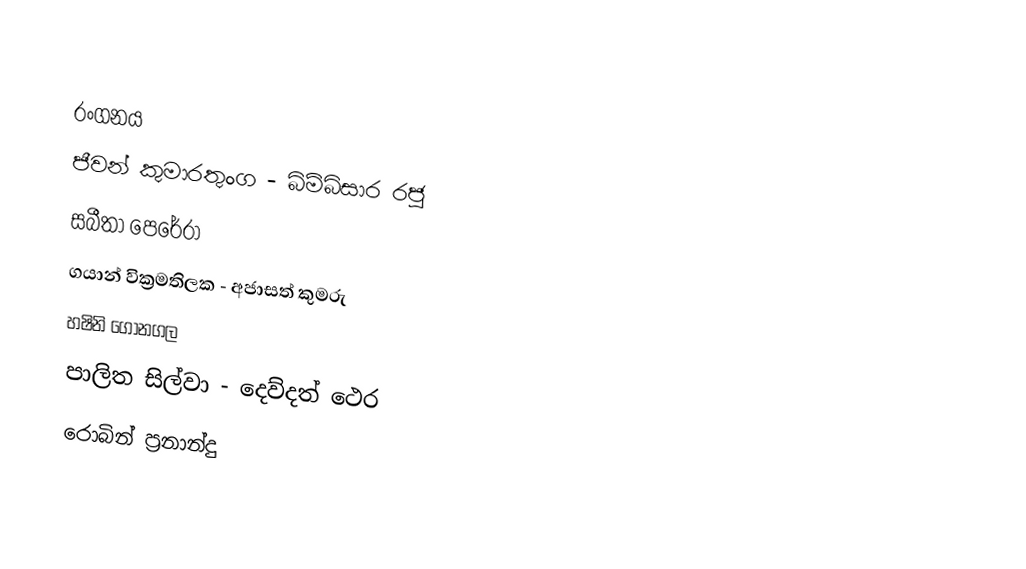

රංගනය
ජීවන් කුමාරතුංග - බිම්බිසාර රජු
සබීතා පෙරේරා
ගයාන් වික්‍රමතිලක - අජාසත් කුමරු
හෂිනි ගෝනගල
පාලිත සිල්වා - දෙව්දත් ථෙර
රොබින් ප්‍රනාන්දු